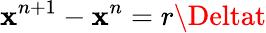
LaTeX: {\mathbf{x}^{n+1}}-{\mathbf{x}^{n}}=r\Deltat